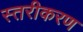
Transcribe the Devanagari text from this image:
स्‍तरीकरण